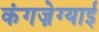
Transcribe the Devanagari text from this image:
कंगज़ेग्याई